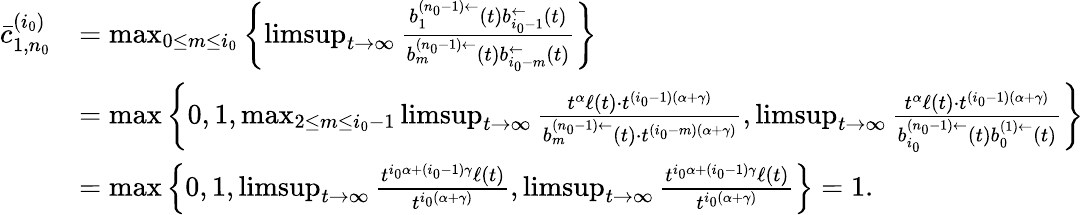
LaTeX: \begin{array}{rl}{\bar{c}_{1,n_{0}}^{(i_{0})}}&{=\operatorname*{max}_{0\le m\le i_{0}}\left\{ \operatorname*{limsup}_{t\to\infty}\frac{b_{1}^{(n_{0}-1)\leftarrow}(t)b_{i_{0}-1}^{\leftarrow}(t)}{b_{m}^{(n_{0}-1)\leftarrow}(t)b_{i_{0}-m}^{\leftarrow}(t)}\right\} }\\ &{=\operatorname*{max}\left\{ 0,1,\operatorname*{max}_{2\le m\le i_{0}-1}\operatorname*{limsup}_{t\to\infty}\frac{t^{\alpha}\ell(t)\cdot t^{(i_{0}-1)(\alpha+\gamma)}}{b_{m}^{(n_{0}-1)\leftarrow}(t)\cdot t^{(i_{0}-m)(\alpha+\gamma)}},\operatorname*{limsup}_{t\to\infty}\frac{t^{\alpha}\ell(t)\cdot t^{(i_{0}-1)(\alpha+\gamma)}}{b_{i_{0}}^{(n_{0}-1)\leftarrow}(t)b_{0}^{(1)\leftarrow}(t)}\right\} }\\ &{=\operatorname*{max}\left\{ 0,1,\operatorname*{limsup}_{t\to\infty}\frac{t^{i_{0}\alpha+(i_{0}-1)\gamma}\ell(t)}{t^{i_{0}(\alpha+\gamma)}},\operatorname*{limsup}_{t\to\infty}\frac{t^{i_{0}\alpha+(i_{0}-1)\gamma}\ell(t)}{t^{i_{0}(\alpha+\gamma)}}\right\} =1.}\end{array}